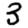
Digit: 3